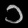
Digit: ၁